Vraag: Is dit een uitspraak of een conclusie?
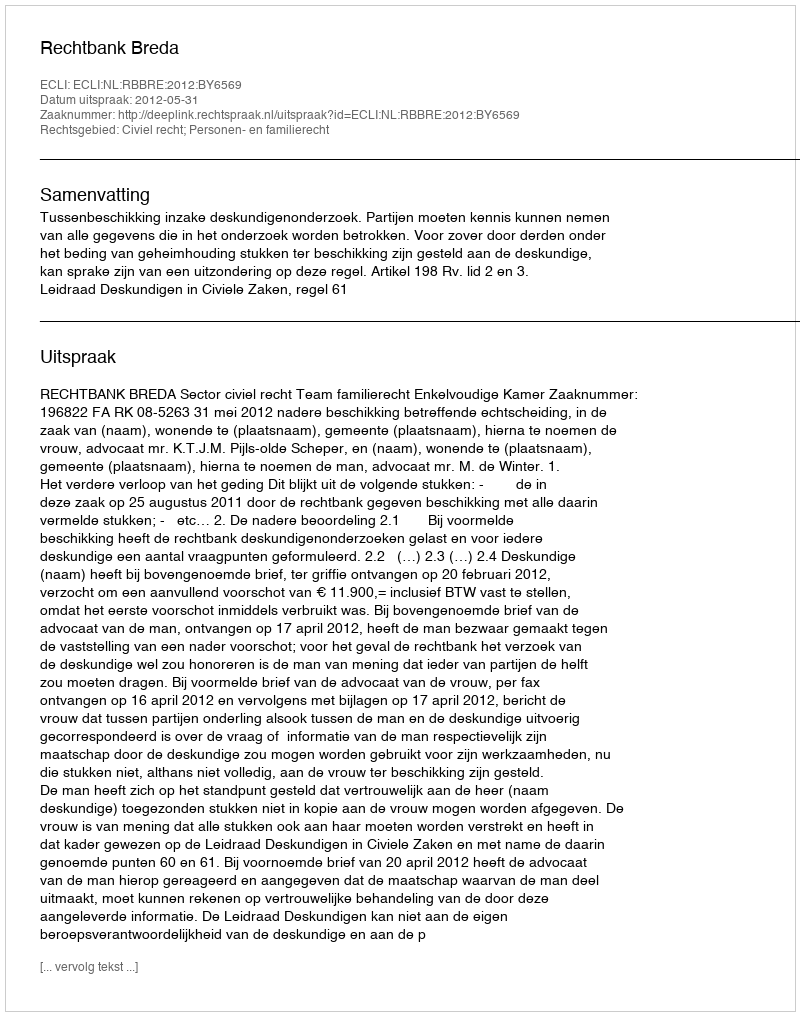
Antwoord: Uitspraak